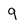
Character: 9